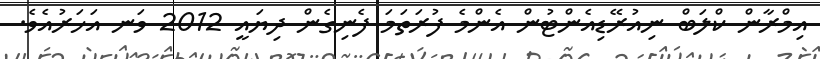
އިމްރާން ކްލަބް ނިއުރޭޑިއެންޓުން އެންމެ ފުރަތަމަ ފެނިގެން ދިޔައީ 2012 ވަނ އަހަރުއެވެ.